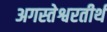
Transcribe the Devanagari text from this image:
अगस्तेश्वरतीर्थ